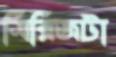
সিরিজটা